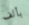
بألف